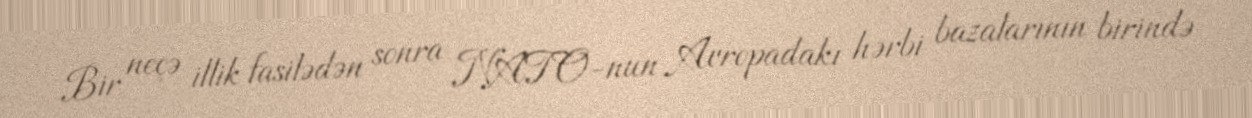
Bir neçə illik fasilədən sonra NATO-nun Avropadakı hərbi bazalarının birində